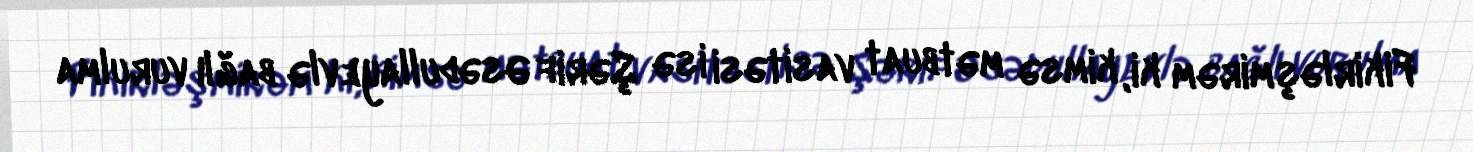
Fikirləşmirəm ki, kimsə mətbuat vasitəsi isə Şərif Əsədullayevlə bağlı vurulma